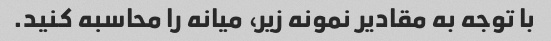
با توجه به مقادیر نمونه زیر، میانه را محاسبه کنید.